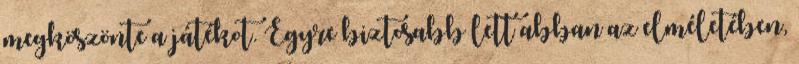
megköszönte a játékot. Egyre biztosabb lett abban az elméletében,